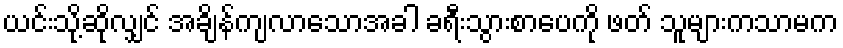
ယင်းသို့ဆိုလျှင် အချိန်ကျလာသောအခါ ခရီးသွားစာပေကို ဖတ် သူများကသာမက